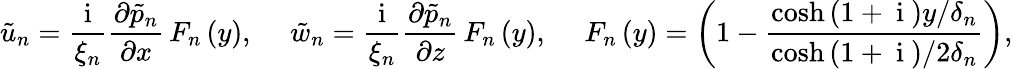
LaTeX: \tilde{u}_{n}=\frac{\mathrm{~i~}}{\xi_{n}}\frac{\partial\tilde{p}_{n}}{\partial x}\, F_{n}\left(y\right),\ \ \ \ \ \tilde{w}_{n}=\frac{\mathrm{~i~}}{\xi_{n}}\frac{\partial\tilde{p}_{n}}{\partial z}\, F_{n}\left(y\right),\ \ \ \ \ F_{n}\left(y\right)=\left(1-\frac{\cosh{\left(1+\mathrm{~i~}\right)y/\delta_{n}}}{\cosh{\left(1+\mathrm{~i~}\right)/2\delta_{n}}}\right),